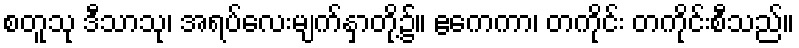
စတူသု ဒီသာသု၊ အရပ်လေးမျက်နှာတို့၌။ ဧကေကာ၊ တကိုင်း တကိုင်းစီသည်။